Report on vaccination in the Province of Bengal - 1869-1873
Year: 1869
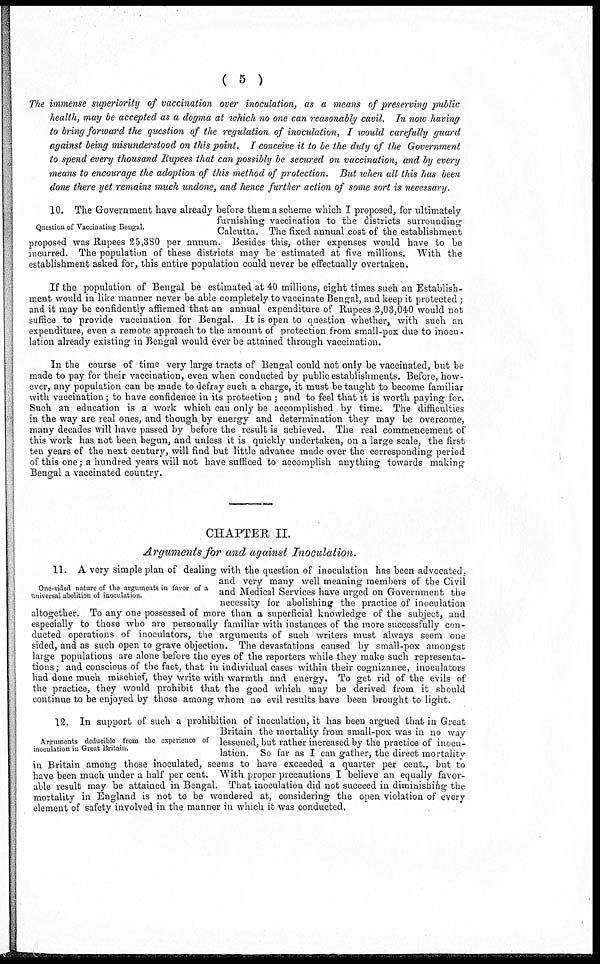
( 5 )
The immense superiority of vaccination over inoculation, as a means of preserving public
health, may be accepted as a dogma at which no one can reasonably cavil. In now having
to bring forward the question of the regulation of inoculation, I would carefully guard
against being misunderstood on this point. I conceive it to be the duty of the Government
to spend every thousand Rupees that can possibly be secured on vaccination, and by every
means to encourage the adoption of this method of protection. But when all this has been
done there yet remains much undone, and hence further action of some sort is necessary.
Question of Vaccinating Bengal.
10. The Government have already before them a scheme which I proposed, for ultimately-
furnishing vaccination to the districts surrounding
Calcutta. The fixed annual cost of the establishment
proposed was Rupees 25,380 per annum. Besides this, other expenses would have to be
incurred. The population of these districts may be estimated at five millions. With the
establishment asked for, this entire population could never be effectually overtaken.
If the population of Bengal be estimated at 40 millions, eight times such an Establish-
ment would in like manner never be able completely to vaccinate Bengal, and keep it protected;
and it may be confidently affirmed that an annual expenditure of Rupees 2,03,040 would not
suffice to provide vaccination for Bengal. It is open to question whether, with such an
expenditure, even a remote approach to the amount of protection from small-pox due to inocu-
lation already existing in Bengal would ever be attained through vaccination.
In the course of time very large tracts of Bengal could not only be vaccinated, but be
made to pay for their vaccination, even when conducted by public establishments. Before, how-
ever, any population can be made to defray such a charge, it must be taught to become familiar
with vaccination; to have confidence in its protection; and to feel that it is worth paying for.
Such an education is a work which can only be accomplished by time. The difficulties
in the way are real ones, and though by energy and determination they may be overcome,
many decades will have passed by before the result is achieved. The real commencement of
this work has not been begun, and unless it is quickly undertaken, on a large scale, the first
ten years of the next century, will find but little advance made over the corresponding period
of this one; a hundred years will not have sufficed to accomplish anything towards making
Bengal a vaccinated country.
CHAPTER II.
Arguments for and against Inoculation.
One-sided nature of the arguments in favor of a
universal abolition of inoculation.
11. A very simple plan of dealing with the question of inoculation has been advocated,
and very many well meaning members of the Civil
and Medical Services have urged on Government the
necessity for abolishing the practice of inoculation
altogether. To any one possessed of more than a superficial knowledge of the subject, and
especially to those who are personally familiar with instances of the more successfully con-
ducted operations of inoculators, the arguments of such writers must always seem one
sided, and as such open to grave objection. The devastations caused by small-pox amongst
large populations are alone before the eyes of the reporters while they make such representa-
tions ; and conscious of the fact, that in individual cases within their cognizance, inoculators
had done much mischief, they write with warmth and energy. To get rid of the evils of
the practice, they would prohibit that the good which may be derived from it should
continue to be enjoyed by those among whom no evil results have been brought to light.
Arguments deducible from the experience of
inoculation in Great Britain.
12. In support of such a prohibition of inoculation, it has been argued that in Great
Britain the mortality from small-pox was in no way
lessened, but rather increased by the practice of inocu-
lation. So far as I can gather, the direct mortality
in Britain among those inoculated, seems to have exceeded a quarter per cent., but to
have been much under a half per cent. With proper precautions I believe an equally favor-
able result may be attained in Bengal. That inoculation did not succeed in diminishing the
mortality in England is not to be wondered at, considering the open violation of every
element of safety involved in the manner in which it was conducted.